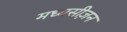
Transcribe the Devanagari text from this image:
मध्यसीज़न